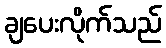
ချပေးလိုက်သည်